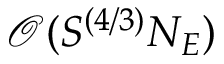
\mathcal { O } ( S ^ { ( 4 / 3 ) } N _ { E } )